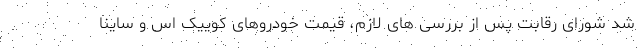
شد شورای رقابت پس از بررسی های لازم، قیمت خودروهای کوییک اس و ساینا